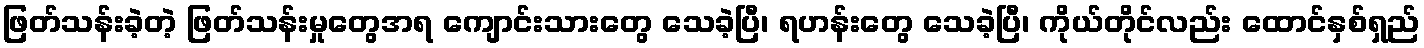
ဖြတ်သန်းခဲ့တဲ့ ဖြတ်သန်းမှုတွေအရ ကျောင်းသားတွေ သေခဲ့ပြီ၊ ရဟန်းတွေ သေခဲ့ပြီ၊ ကိုယ်တိုင်လည်း ထောင်နှစ်ရှည်